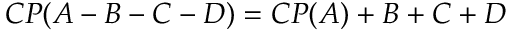
C P ( A - B - C - D ) = C P ( A ) + B + C + D